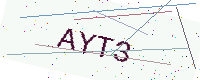
Text: AYT3